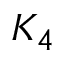
K _ { 4 }